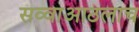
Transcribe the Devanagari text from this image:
सव्वाआठलाच